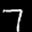
Label: 7